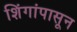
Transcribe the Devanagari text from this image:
शिंगांपासून